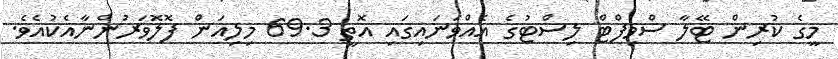
މީގެ ކުރިން ޓޭލާ ސްވިފްޓް ލިސްޓުގެ އެއްވަނައިގައި އޮތީ 69.3 މިލިއަން ފޮލޮވަރުންނާއެކުއެވެ.